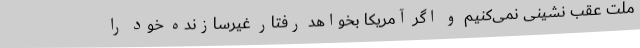
ملت عقب نشینی نمی‌کنیم و اگر آمریکا بخواهد رفتار غیرسازنده خود را